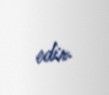
edir.